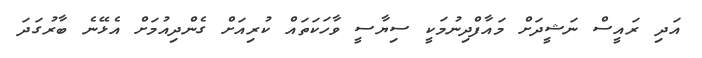
އަދި ރައީސް ނަޝީދަށް މައާފްދިނުމަކީ ސިޔާސީ ވާހަކަތައް ކުރިއަށް ގެންދިއުމަށް އެޅޭނެ ބާރުގަދަ